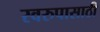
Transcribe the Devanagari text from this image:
स्वरुपासाठी